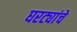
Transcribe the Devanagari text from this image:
घरट्यांचे